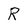
Character: R